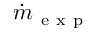
\dot { m } _ { \mathrm { ~ e ~ x ~ p ~ } }